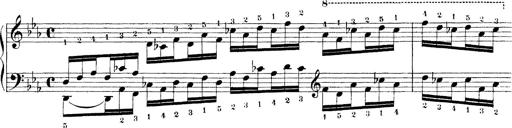
Title: Technische Studien
Composer: Franz Liszt